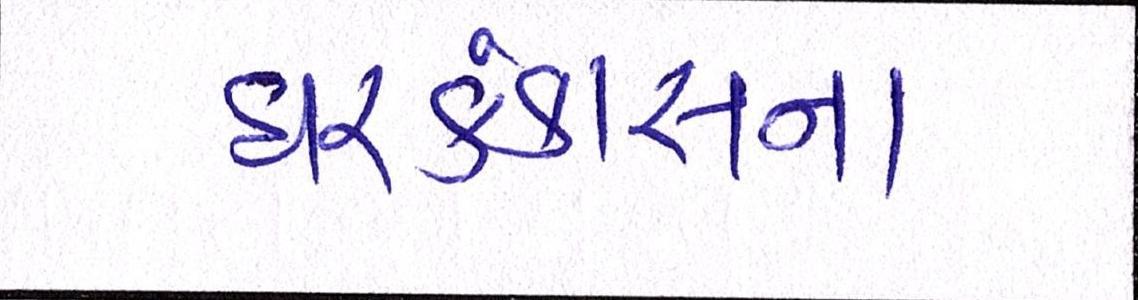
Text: ઘરકંકાસના